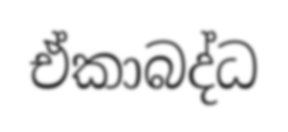
ඒකාබද්ධ